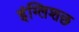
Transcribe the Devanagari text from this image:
इंग्लिशछ